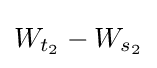
W_{t_{2}}-W_{s_{2}}